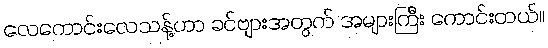
လေကောင်းလေသန့်ဟာ ခင်ဗျားအတွက် အများကြီး ကောင်းတယ်။